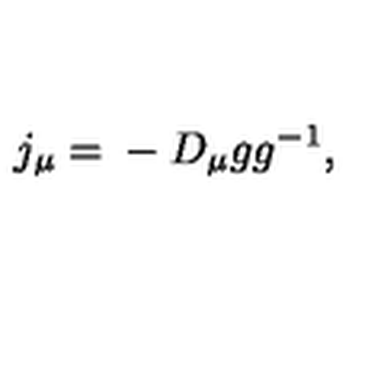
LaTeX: j _ { \mu } = \mathrm { } - D _ { \mu } g g ^ { - 1 } ,